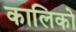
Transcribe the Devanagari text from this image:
कालिको